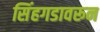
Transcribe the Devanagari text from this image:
सिंहगडावरून